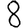
Digit: 8